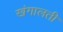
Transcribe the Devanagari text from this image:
खंगालती